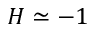
H \simeq - 1